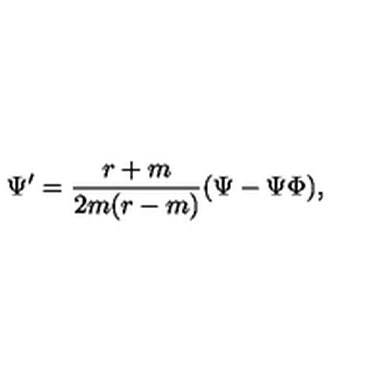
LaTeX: \Psi ^ { \prime } = { \frac { r + m } { 2 m ( r - m ) } } ( \Psi - \Psi \Phi ) ,